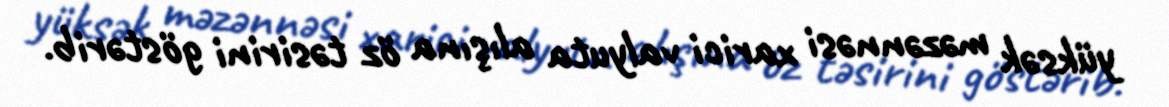
yüksək məzənnəsi xarici valyuta alışına öz təsirini göstərib.